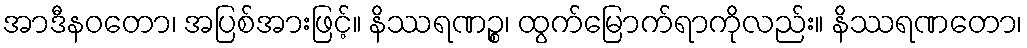
အာဒီနဝတော၊ အပြစ်အားဖြင့်။ နိဿရဏဉ္စ၊ ထွက်မြောက်ရာကိုလည်း။ နိဿရဏတော၊